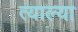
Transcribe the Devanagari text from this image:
त्याल्या